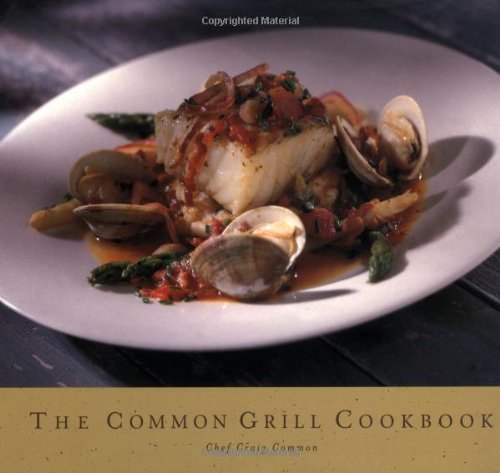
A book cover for The Common Grill Cookbook; Craig Common; Cookbooks, Food & Wine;